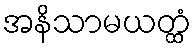
အနိသာမယတ္ထံ